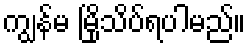
ကျွန်မ မြိုသိပ်ရပါမည်။